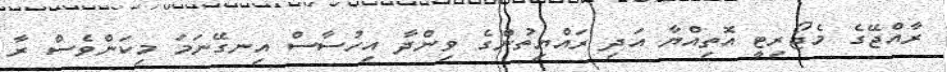
ރާއްޖޭގެ މެޖޯރިޓީ އޮތިއްޔާ އަދި ރައްޔިތުންގެ ވިންދާ އިހުސާސް އިނގޭނަމަ މިކަންވެސް ރާ